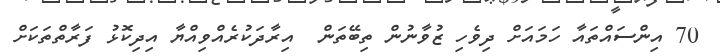
70 އިންސައްތައާ ހަމައަށް ދިވެހި ޒުވާނުން ތިބޭތަން  އިރާދަކުރެއްވިއްޔާ އިދިކޮޅު ފަރާތްތަކަށް